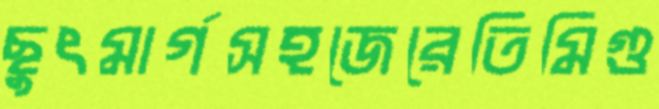
ছুৎমার্গসহজেরেতিমিগু